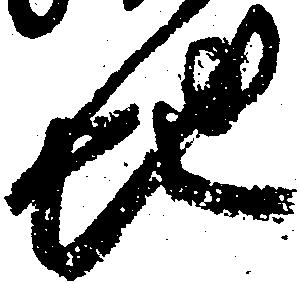
地